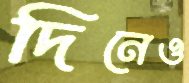
দিনেও